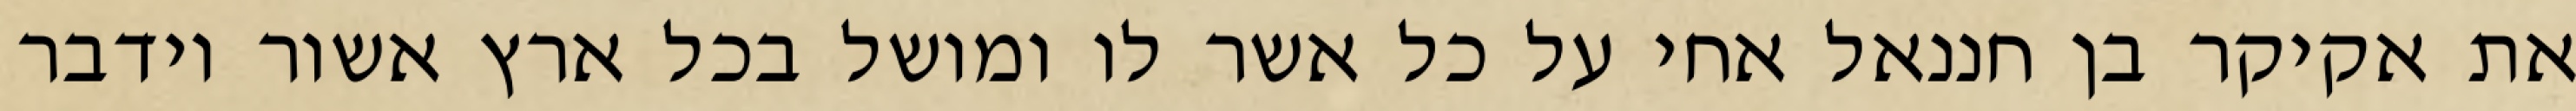
את אקיקר בן חננאל אחי על כל אשר לו ומושל בכל ארץ אשור וידבר